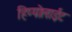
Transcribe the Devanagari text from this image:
हिप्पोलाईट